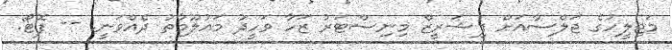
މަޖިލީހުގެ ޖަލްސާއަށް ފިޝަރީޒް މިނިސްޓަރު ޒަހާ ވަހީދު މައުލޫމާތު ދެއްވަނީ. -- ފޮޓޯ: